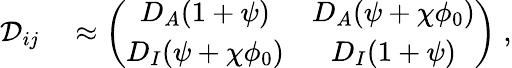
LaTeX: \begin{array}{rl}{\mathcal D_{ij}}&{{}\approx\left(\begin{array}{cc}{D_{A}(1+\psi)}&{D_{A}(\psi+\chi\phi_{0})}\\ {D_{I}(\psi+\chi\phi_{0})}&{D_{I}(1+\psi)}\end{array}\right)\; ,}\end{array}